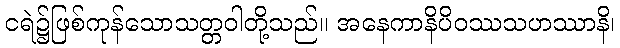
ငရဲ၌ဖြစ်ကုန်သောသတ္တဝါတို့သည်။ အနေကာနိပိဝဿသဟဿာနိ၊